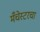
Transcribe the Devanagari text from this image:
मँचेस्टरचा